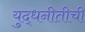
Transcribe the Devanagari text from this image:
युद्धनीतीची